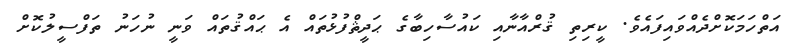
އަތްހަމަކޮށްދެއްވައިފައެވެ. ކީރިތި ޤުރްއާނާއި ކައުސާހިބާގެ ޙަދީޘްފުޅުތައް އެ ޙައްޤުތައް ވަނީ ނުހަނު ތަފްސީލުކޮށް